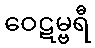
ဝေဋမ္ဗရီ